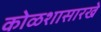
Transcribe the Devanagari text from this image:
कोळशासारखे